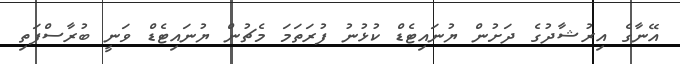
އޭނާގެ އިރުޝާދުގެ ދަށުން ޔުނައިޓެޑް ކުޅުނު ފުރަތަމަ މެޗުން ޔުނައިޓެޑް ވަނީ ބުރާސްފަތި